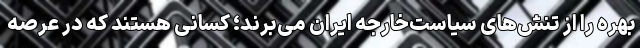
بهره را از تنش‌های سیاست‌خارجه ایران می‌برند؛ کسانی هستند که در عرصه